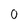
Character: 0